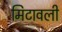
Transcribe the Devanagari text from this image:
मिटावली